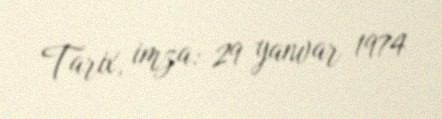
Tarix, imza: 29 yanvar 1974